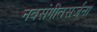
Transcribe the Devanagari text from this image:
नवसंगीतसर्जना